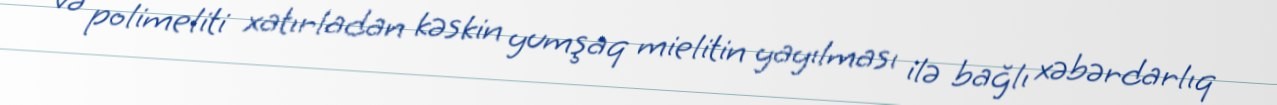
və polimeliti xatırladan kəskin yumşaq mielitin yayılması ilə bağlı xəbərdarlıq